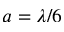
a = \lambda / 6